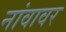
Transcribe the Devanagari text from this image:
नांवावर